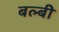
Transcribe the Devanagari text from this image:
बल्बी